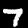
Digit: 7